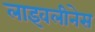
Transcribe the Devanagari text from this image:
लाइवलीनेस